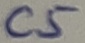
Text: C5